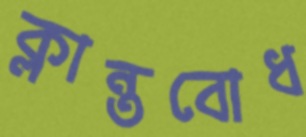
ক্লান্তবোধ